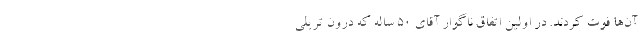
آن‌ها فوت کردند. در اولین اتفاق ناگوار آقای ۵۰ ساله که درون تریلی